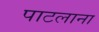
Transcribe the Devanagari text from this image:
पाटलाना